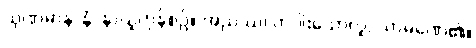
သုဏမာနာနံ၊ နာယူကုန်စဉ်။ အညဿ၊ တပါးသောလူ, သာမဏေ၏။